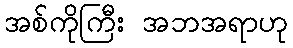
အစ်ကိုကြီး အဘအရာဟု